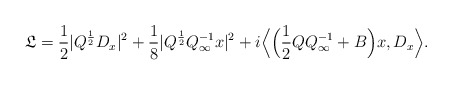
\begin{align*}\mathfrak{L}=\frac{1}{2}|Q^{\frac{1}{2}}D_x|^2+\frac{1}{8}|Q^{\frac{1}{2}}Q_{\infty}^{-1}x|^2+i\Big\langle \Big(\frac{1}{2} QQ_{\infty}^{-1}+B\Big)x,D_x\Big\rangle.\end{align*}